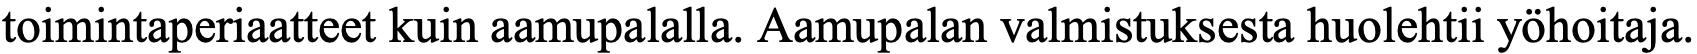
toimintaperiaatteet kuin aamupalalla. Aamupalan valmistuksesta huolehtii yöhoitaja.